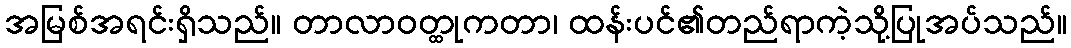
အမြစ်အရင်းရှိသည်။ တာလာဝတ္ထုကတာ၊ ထန်းပင်၏တည်ရာကဲ့သို့ပြုအပ်သည်။